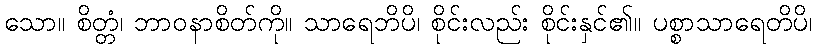
သော။ စိတ္တံ၊ ဘာဝနာစိတ်ကို။ သာရေဘိပိ၊ စိုင်းလည်း စိုင်းနှင်၏။ ပစ္စာသာရေတိပိ၊